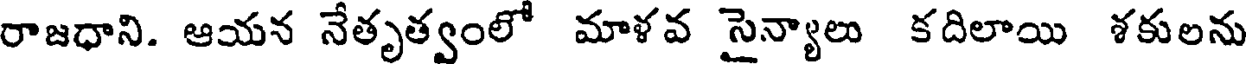
రాజధాని. ఆయన నేతృత్వంలో మాళవ సైన్యాలు కదిలాయి శకులను